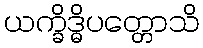
ယက္ခိဒ္ဓိပတ္တောသိ